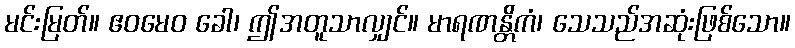
မင်းမြတ်။ ဧဝမေဝ ခေါ၊ ဤအတူသာလျှင်။ မာရဏန္တိကံ၊ သေသည်အဆုံးဖြစ်သော။